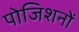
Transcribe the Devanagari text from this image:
पोजिशनों